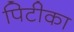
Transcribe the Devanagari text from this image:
पिटीका